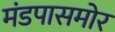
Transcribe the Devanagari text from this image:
मंडपासमोर